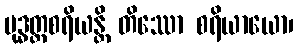
ဗုဒ္ဓတ္ထစရိယန္တိ တိဿော စရိယာယော၊